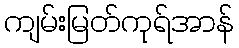
ကျမ်းမြတ်ကုရ်အာန်